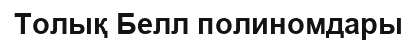
Толық Белл полиномдары